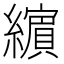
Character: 𦆯